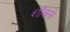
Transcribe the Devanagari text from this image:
शॉकले